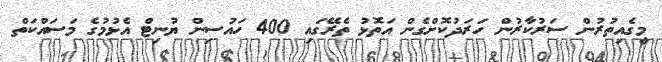
މީގެއިތުރުން ސަރުކާރުން ހަރަދުކޮށްގެން އަތޮޅު ތެރޭގައި 400 ހައުސިން ޔުނިޓް އެޅުމުގެ މަސައްކަތް